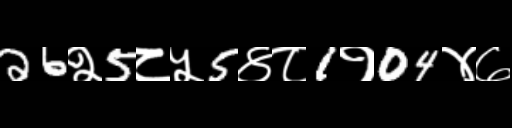
Text: 26२5८५5४८1१04४७